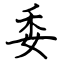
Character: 委